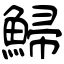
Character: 鯞